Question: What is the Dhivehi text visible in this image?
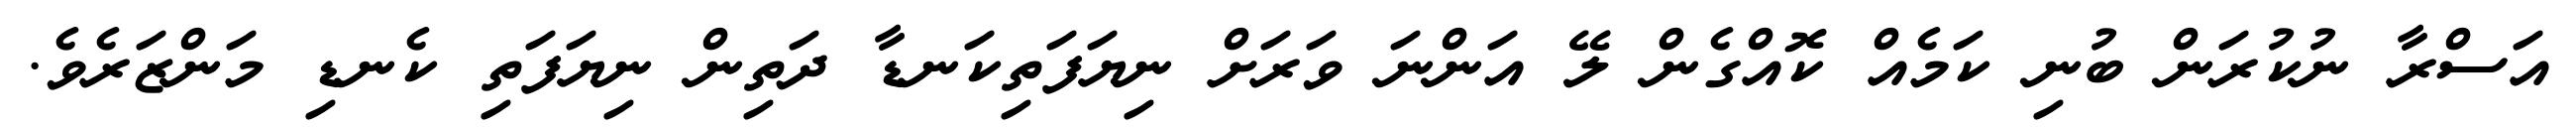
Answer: އަސްރާ ނުކުރަން ބުނި ކަމެއް ކޮއްގެން ލޭ އަންނަ ވަރަށް ނިޔަފަތިކަނޑާ ދަތިން ނިޔަފަތި ކެނޑި މަންޒަރެވެ.